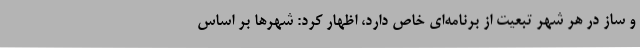
و ساز در هر شهر تبعیت از برنامه‌ای خاص دارد، اظهار کرد: شهرها بر اساس